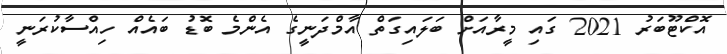
އޮކްޓޫބަރު 2021 ގައި މީރާއަށް ބަލައިގަތް އާމްދަނީގެ އެންމެ ބޮޑު ބައެއް ހިއްސާކުރަނީ